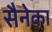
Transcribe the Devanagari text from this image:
सैनेका